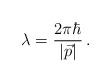
LaTeX: \begin{align*}\lambda = \frac{2 \pi \hbar}{|\vec{p}|} \, .\end{align*}